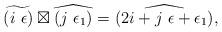
LaTeX: \begin{align*}\widetilde{\left(i\ \epsilon\right)}\boxtimes\widehat{\left(j\ \epsilon_{1}\right)}=\widehat{\left(2i+j\ \epsilon+\epsilon_{1}\right)},\end{align*}